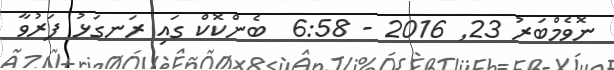
ނޮވެމްބަރު 23